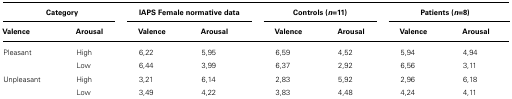
<table><thead><tr><td colspan="2"><b>Category</b></td><td colspan="2"><b>IAPS Female normative data</b></td><td colspan="2"><b>Controls (<i>n</i>=11)</b></td><td colspan="2"><b>Patients (<i>n</i>=8)</b></td></tr><tr><td><b>Valence</b></td><td><b>Arousal</b></td><td><b>Valence</b></td><td><b>Arousal</b></td><td><b>Valence</b></td><td><b>Arousal</b></td><td><b>Valence</b></td><td><b>Arousal</b></td></tr></thead><tbody><tr><td>Pleasant</td><td>High</td><td>6,22</td><td>5,95</td><td>6,59</td><td>4,52</td><td>5,94</td><td>4,94</td></tr><tr><td></td><td>Low</td><td>6,44</td><td>3,99</td><td>6,37</td><td>2,92</td><td>6,56</td><td>3,11</td></tr><tr><td>Unpleasant</td><td>High</td><td>3,21</td><td>6,14</td><td>2,83</td><td>5,92</td><td>2,96</td><td>6,18</td></tr><tr><td></td><td>Low</td><td>3,49</td><td>4,22</td><td>3,83</td><td>4,48</td><td>4,24</td><td>4,11</td></tr></tbody></table>